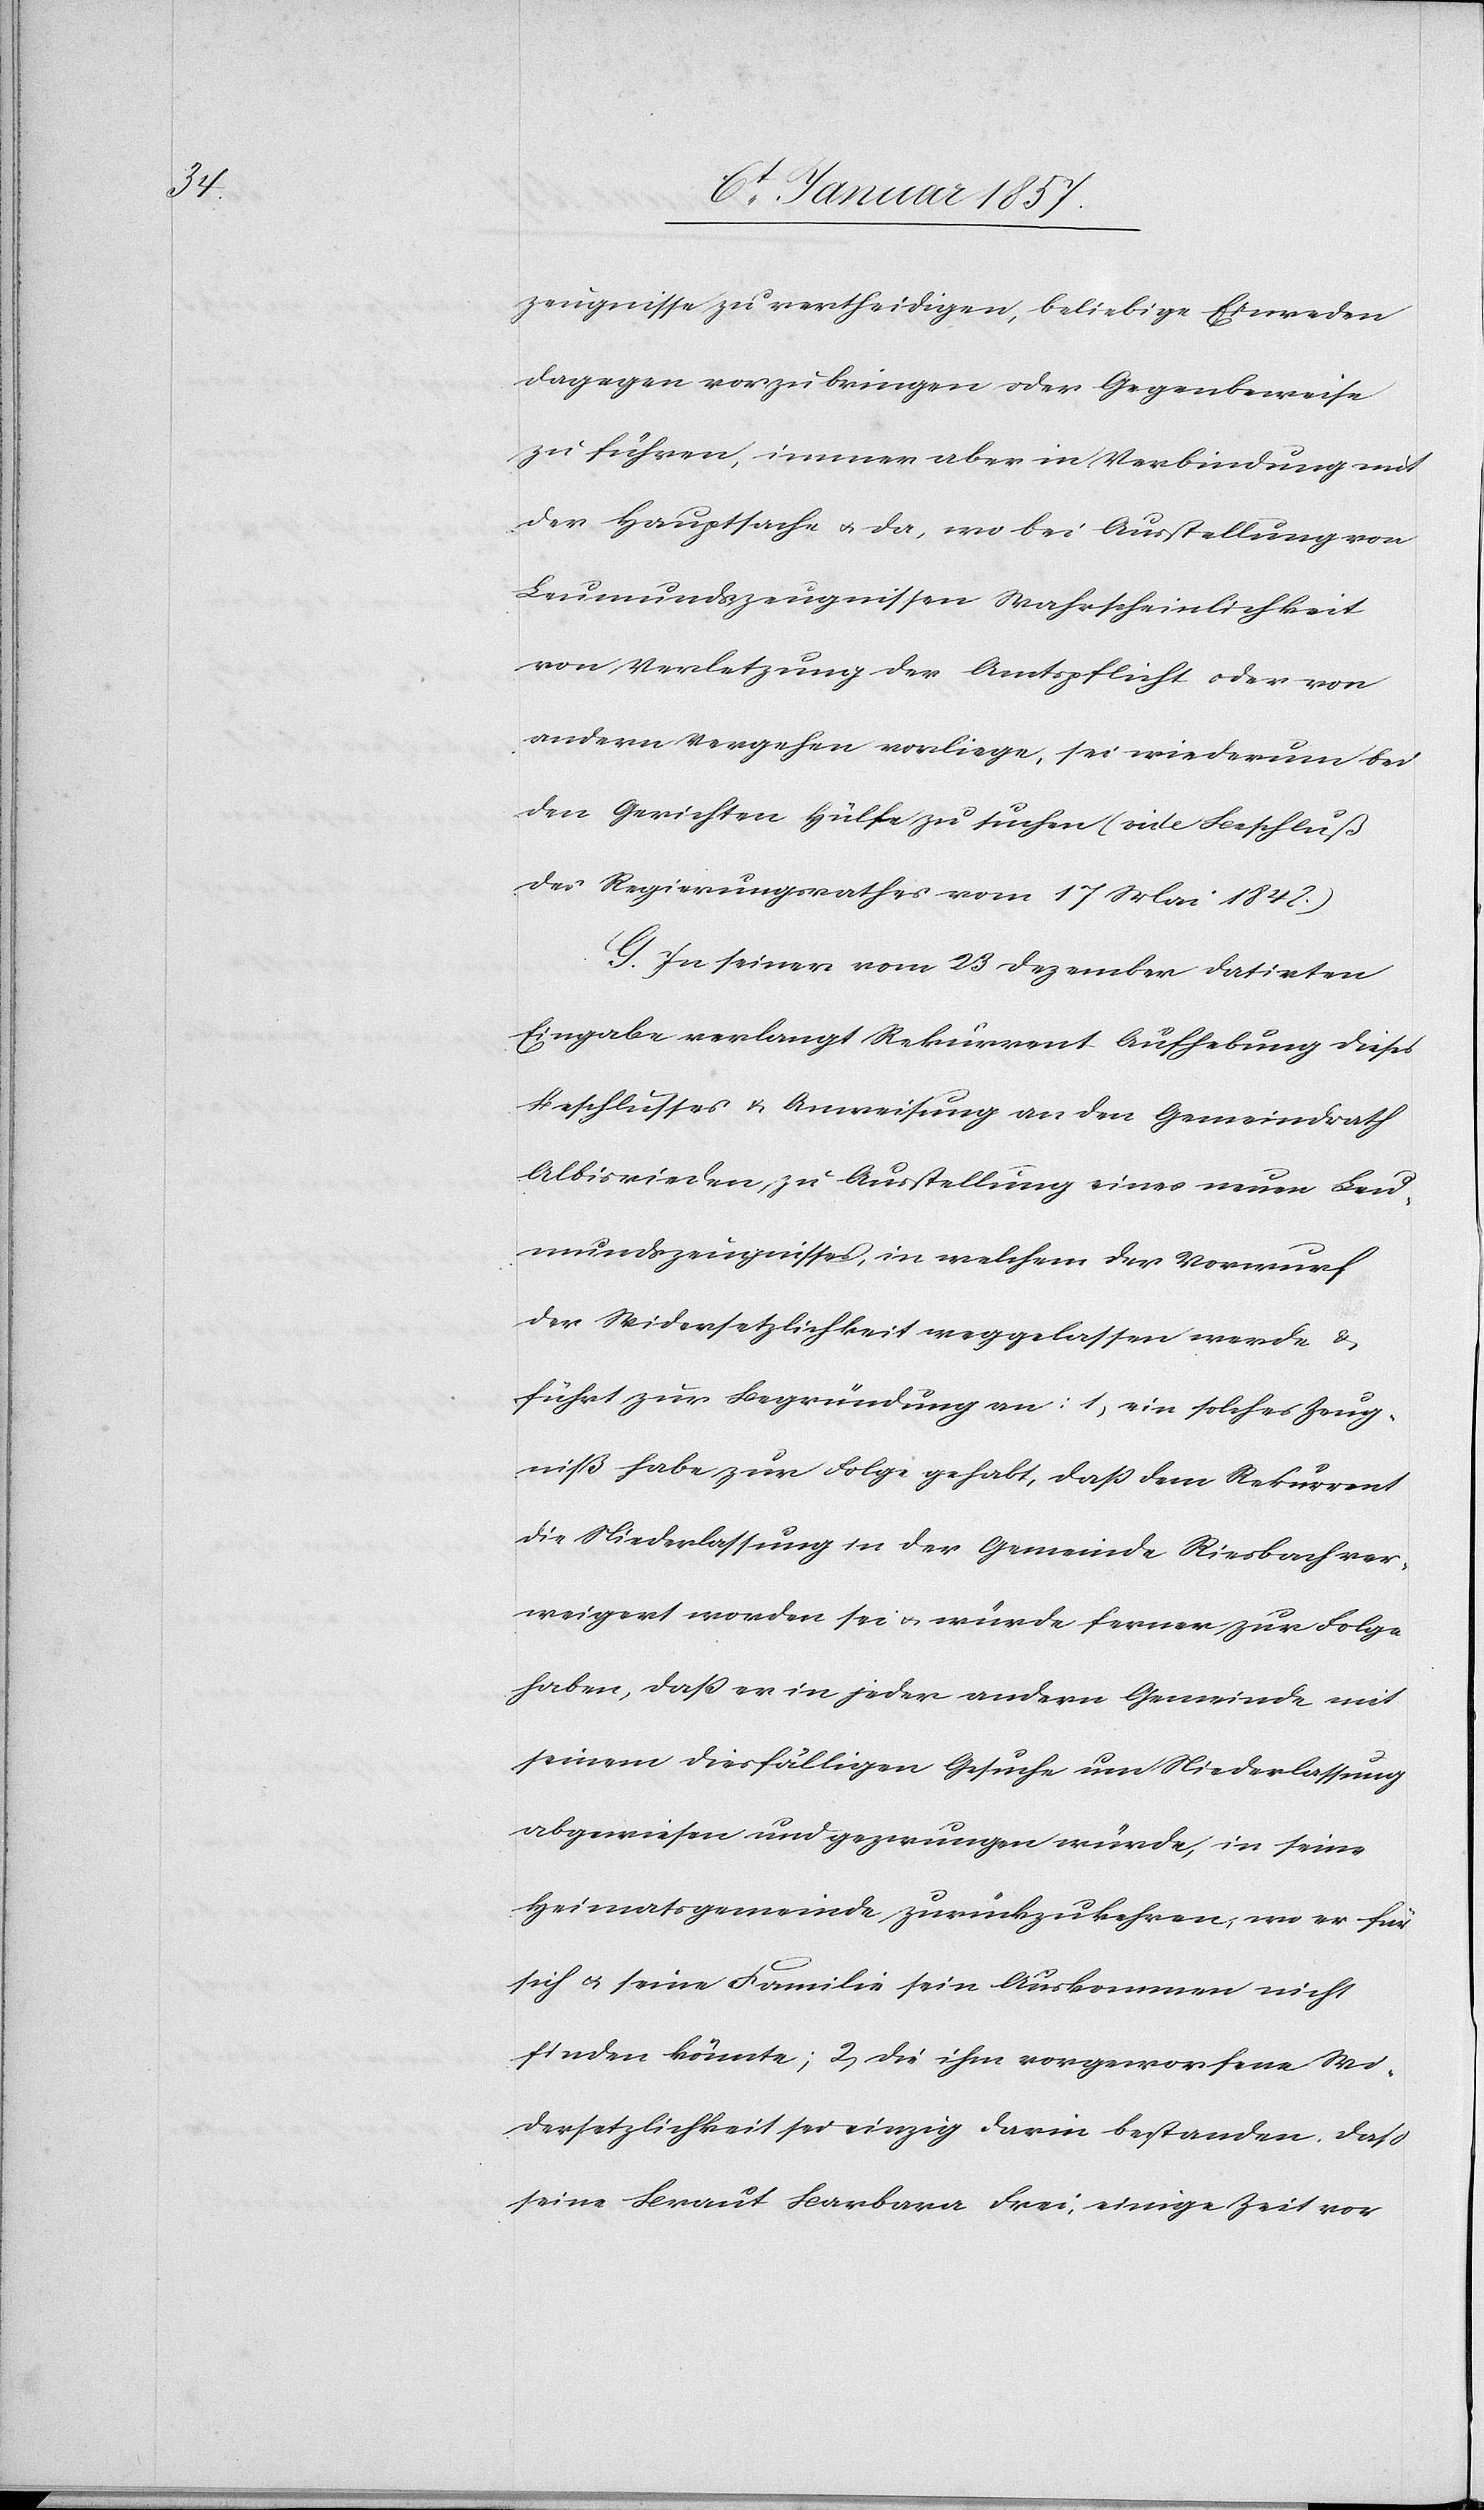
zeugnisse zu vertheidigen, beliebige Einreden
dagegen vorzubringen oder Gegenbeweise
zu führen, immer aber in Verbindung mit
der Hauptsache u. da, wo bei Ausstellung von
Leumundszeugnissen Wahrscheinlichkeit
von Verletzung der Amtspflicht oder von
andern Vergehen vorliege, sei wiederum bei
den Gerichten Hülfe zu suchen (vide Beschluß
des Regierungsrathes vom 17 Mai 1842.)
G. In seiner vom 23 Dezember datirten
Eingabe verlangt Rekurrent Aufhebung dieses
Beschlusses & Anweisung an den Gemeindrath
Albisrieden, zu Ausstellung eines neuen Leu¬
mundszeugnisses, in welchem der Vorwurf
der Widersetzlichkeit weggelassen werde &
führt zur Begründung an: 1, ein solches Zeug¬
niß habe zur Folge gehabt, daß dem Rekurrent
die Niederlassung in der Gemeinde Riesbach ver¬
weigert worden sei u. würde ferner zur Folge
haben, daß er in jeder andern Gemeinde mit
seinem diesfälligen Gesuche um Niederlassung
abgewiesen und gezwungen würde, in seine
Heimatsgemeinde zurückzukehren, wo er für
sich u. seine Familie sein Auskommen nicht
finden könnte; 2, die ihm vorgeworfene Wi¬
dersetzlichkeit sei einzig darin bestanden, daß
seine Braut Barbara Frei, einige Zeit vor